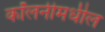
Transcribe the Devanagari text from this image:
कॉलनीमधील